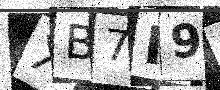
Text: XB7M9L